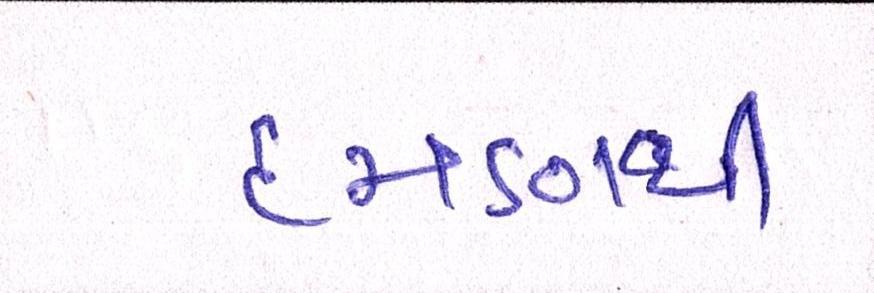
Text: દમણથી